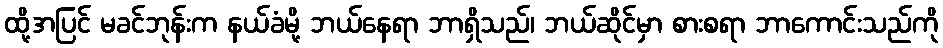
ထို့အပြင် မခင်ဘုန်းက နယ်ခံမို့ ဘယ်နေရာ ဘာရှိသည်၊ ဘယ်ဆိုင်မှာ စားစရာ ဘာကောင်းသည်ကို